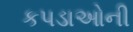
કપડાઓની